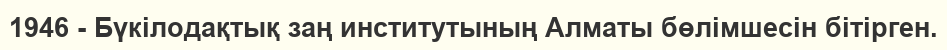
1946 - Бүкілодақтық заң институтының Алматы бөлімшесін бітірген.